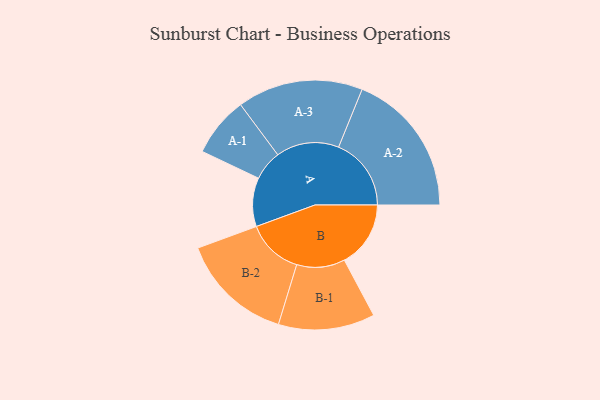
{"axis": {"x": "Segment", "y": "Value"}, "legend": ["", "A", "B"], "data": [{"x": "A", "y": 200, "type": ""}, {"x": "B", "y": 272, "type": ""}, {"x": "A-1", "y": 123, "type": "A"}, {"x": "A-2", "y": 298, "type": "A"}, {"x": "A-3", "y": 258, "type": "A"}, {"x": "B-1", "y": 198, "type": "B"}, {"x": "B-2", "y": 232, "type": "B"}]}